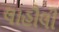
લાહૌલી